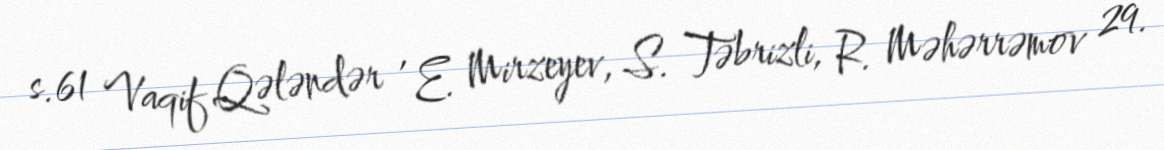
s.61 Vaqif Qələndər , E. Mirzeyev, S. Təbrizli, R. Məhərrəmov 29.